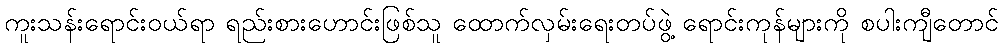
ကူးသန်းရောင်းဝယ်ရာ ရည်းစားဟောင်းဖြစ်သူ ထောက်လှမ်းရေးတပ်ဖွဲ့ ရောင်းကုန်များကို စပါးကျီတောင်